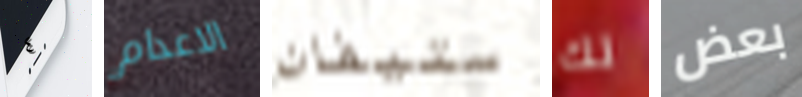
٤ الاعدام ستيفان لك بعض